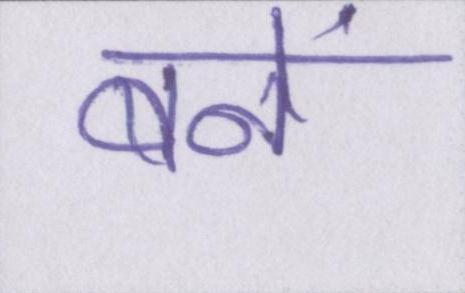
बनें